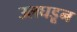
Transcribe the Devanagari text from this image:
उलघडून